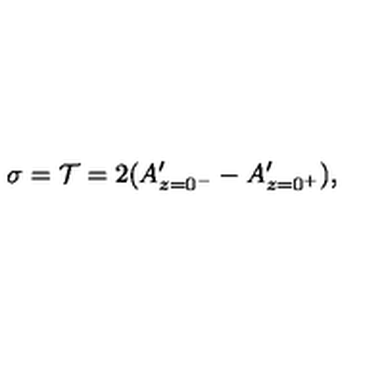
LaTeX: \sigma = { \cal T } = 2 ( A _ { z = 0 ^ { - } } ^ { \prime } - A _ { z = 0 ^ { + } } ^ { \prime } ) ,